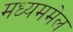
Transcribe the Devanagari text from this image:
मध्यममेल